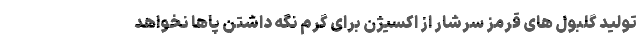
تولید گلبول های قرمز سرشار از اکسیژن برای گرم نگه داشتن پاها نخواهد